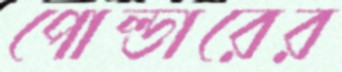
পোল্ডারের